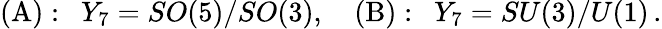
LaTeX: (\mathrm{A}):\, \, \, Y_{7}=SO(5)/SO(3),\quad(\mathrm{B}):\, \, \, Y_{7}=SU(3)/U(1)\, .